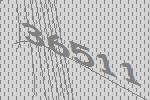
36511